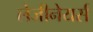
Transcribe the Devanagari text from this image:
लेजीनेयर्स